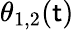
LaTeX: \theta_{1,2}(\mathsf{t})